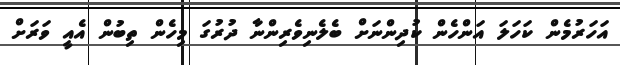
އަހަރުމެން ކަހަލަ އަންހެން ކުދިންނަށް ބެލެނިވެރިންނާ ދުރުގަ މިހެން ތިބުން އެއީ ވަރަށް